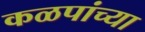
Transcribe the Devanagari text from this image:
कळपांच्या